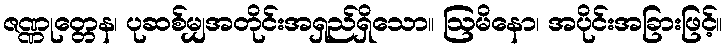
ဇဏ္ဏုတ္တေန၊ ပုဆစ်မျှအတိုင်းအရှည်ရှိသော။ ဩမိနော၊ အပိုင်းအခြားဖြင့်။